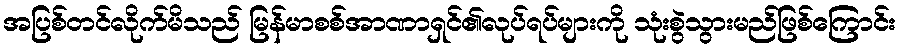
အပြစ်တင်လိုက်မိသည် မြန်မာစစ်အာဏာရှင်၏လုပ်ရပ်များကို သုံးစွဲသွားမည်ဖြစ်ကြောင်း